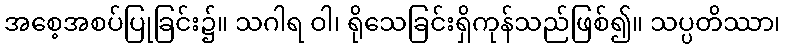
အစေ့အစပ်ပြုခြင်း၌။ သဂါရ ဝါ၊ ရိုသေခြင်းရှိကုန်သည်ဖြစ်၍။ သပ္ပတိဿာ၊